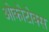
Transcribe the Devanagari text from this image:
ओकोटोक्स